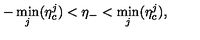
- \min _ { j } ( \eta _ { c } ^ { j } ) < \eta _ { - } < \min _ { j } ( \eta _ { c } ^ { j } ) ,